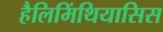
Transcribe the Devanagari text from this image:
हैलिमिंथियासिस